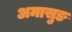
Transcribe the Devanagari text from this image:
अमासुङ